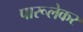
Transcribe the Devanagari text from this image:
पारूलेकर